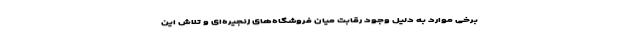
برخی موارد به دلیل وجود رقابت میان فروشگاه‌های زنجیره‌ای و تلاش این